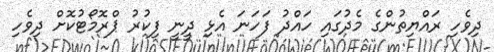
ދިވެހި ރައްޔިތުންގެ މެދުގައި ހައްދު ފަހަނަ އެޅި ދީނީ ފިކުރު ޕްރޮމޯޓުކޮށް ދިވެހި